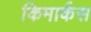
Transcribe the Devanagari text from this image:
किमार्कस